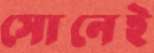
সোনেই